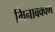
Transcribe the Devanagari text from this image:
मिनाबक्क्म